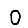
Digit: 0